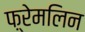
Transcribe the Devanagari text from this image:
फ़्रेमलिन